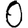
Digit: 0